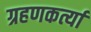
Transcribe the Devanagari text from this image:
ग्रहणकर्त्या